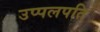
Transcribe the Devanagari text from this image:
उप्पलपति